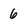
Character: 6